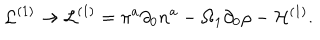
{ \cal L } ^ { ( 1 ) } \rightarrow { \cal L } ^ { ( 1 ) } = \pi ^ { a } \partial _ { 0 } { n } ^ { a } - \Omega _ { 1 } \partial _ { 0 } { \rho } - { \cal H } ^ { ( 1 ) } .